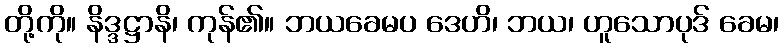
တို့ကို။ နိဒ္ဒဋ္ဌာနိ၊ ကုန်၏။ ဘယခေမပ ဒေဟိ၊ ဘယ၊ ဟူသောပုဒ် ခေမ၊